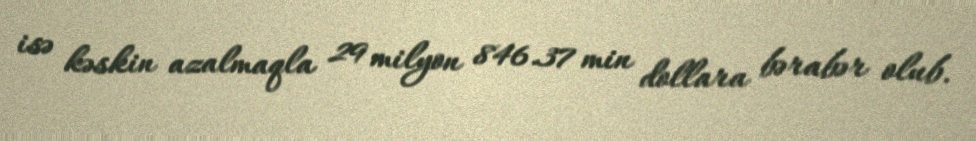
isə kəskin azalmaqla 29 milyon 846.37 min dollara bərabər olub.